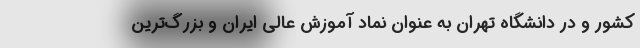
کشور و در دانشگاه تهران به عنوان نماد آموزش عالی ایران و بزرگ‌ترین